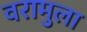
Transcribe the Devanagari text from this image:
वरामुला